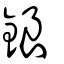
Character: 鋃